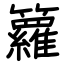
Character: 籮